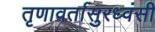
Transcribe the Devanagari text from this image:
तृणावर्तासुरध्वंसी